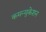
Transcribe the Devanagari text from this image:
कमन्युकेशन